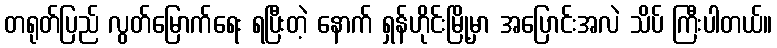
တရုတ်ပြည် လွတ်မြောက်ရေး ရပြီးတဲ့ နောက် ရှန်ဟိုင်းမြို့မှာ အပြောင်းအလဲ သိပ် ကြီးပါတယ်။